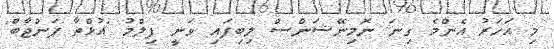
މި އަހަރު އެންމެ ގިނަ ނޮމިނޭޝަންސް ލިބިފައި ވަނީ ފިލްމު 'އުޅްތާ ޕަންޖާބް'